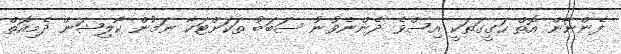
ފެންނާން އޮތް ހަގީގަތަކީ އިސްވެ ދެންނެވުނު ސަބަބު ތަކަށްޓަކާ ނަމުން ކޯލިޝަން ދެމިއޮތް